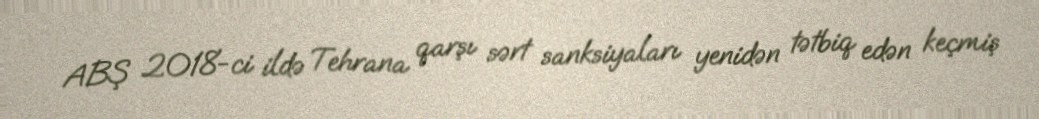
ABŞ 2018-ci ildə Tehrana qarşı sərt sanksiyaları yenidən tətbiq edən keçmiş